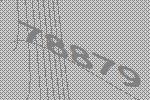
78879